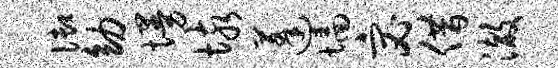
御幼墁垓蓬墙宓借澈